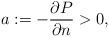
LaTeX: \begin{align*}a:=-\frac {\partial P}{\partial n} >0,\end{align*}